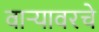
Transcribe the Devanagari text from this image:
वाऱ्यावरचे